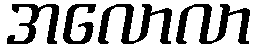
အလောလာ